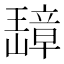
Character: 𬎗